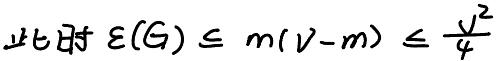
此时 $\varepsilon(G) \leq m(V - m) \leq \frac{V^2}{4}$